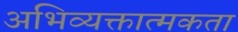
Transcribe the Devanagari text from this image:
अभिव्यक्तात्मकता